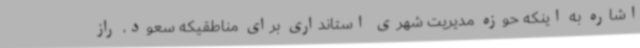
اشاره به اینکه حوزه مدیریت شهری استانداری برای مناطقیکه سعود، راز